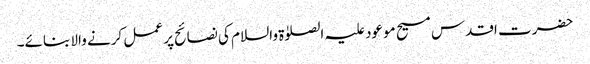
حضرت اقدس مسیح موعود علیہ الصلوٰۃ والسلام کی نصائح پر عمل کرنے والا بنائے۔